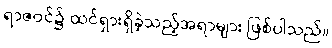
ရာဇဝင်၌ ထင်ရှားရှိခဲ့သည့်အရာများ ဖြစ်ပါသည်။